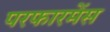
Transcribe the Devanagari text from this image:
परफारमेंस